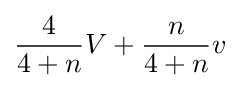
{\frac {4}{4+n}}V+{\frac {n}{4+n}}v